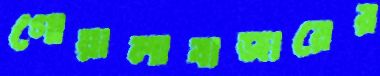
গোয়ালাবাজারের